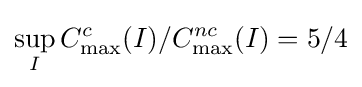
\sup _{I}C_{\max }^{c}(I)/C_{\max }^{nc}(I)=5/4